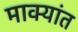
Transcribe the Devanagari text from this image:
माक्यांत